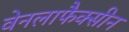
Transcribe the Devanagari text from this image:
वेनलाफैक्सीन